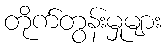
တိုက်တွန်းမှုများ